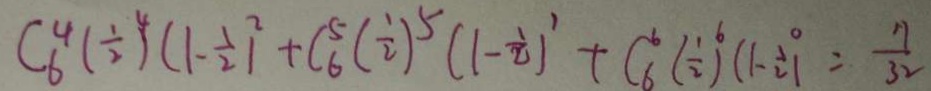
C _ { 6 } ^ { 4 } ( \frac { 1 } { 2 } ) ^ { 4 } ( 1 - \frac { 1 } { 2 } ) ^ { 2 } + C _ { 6 } ^ { 5 } ( \frac { 1 } { 2 } ) ^ { 5 } ( 1 - \frac { 1 } { 2 1 } ) ^ { 1 } + C _ { 6 } ^ { 6 } ( \frac { 1 } { 2 } ) ^ { 6 } ( 1 - \frac { 1 } { 2 } ) ^ { 0 } = \frac { 1 7 } { 3 2 }